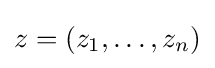
z=(z_{1},\dots ,z_{n})